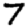
Digit: 7